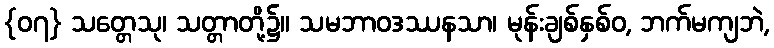
{၀၇} သတ္တေသု၊ သတ္တာတို့၌။ သမဘာဝဒဿနသာ၊ မုန်းချစ်နှစ်ဝ, ဘက်မကျဘဲ,